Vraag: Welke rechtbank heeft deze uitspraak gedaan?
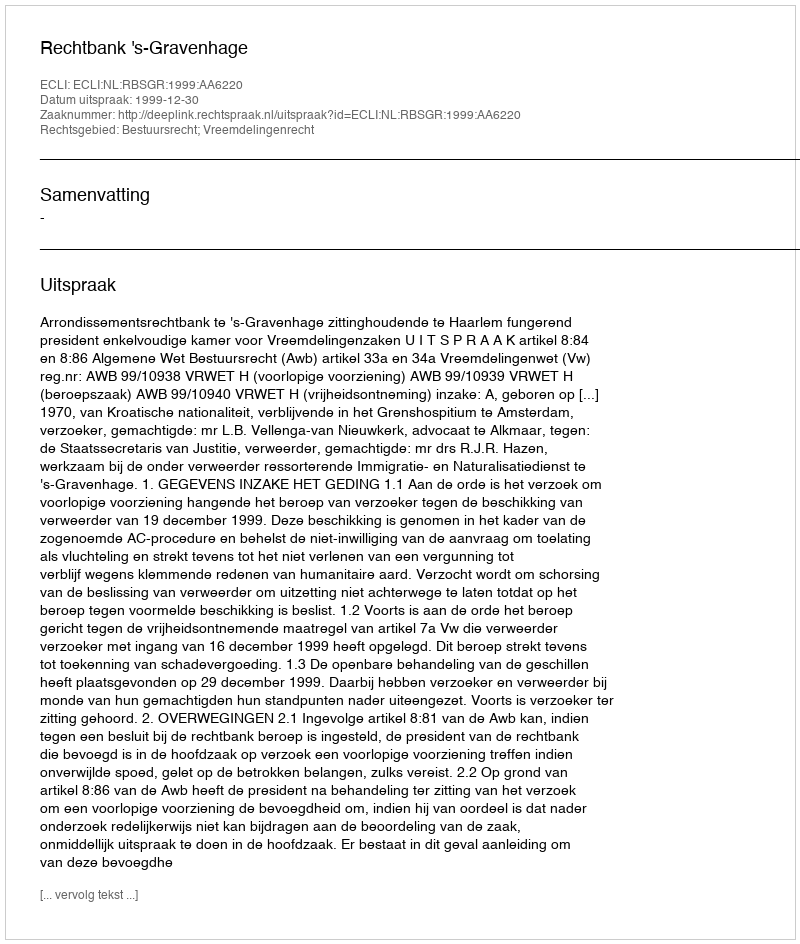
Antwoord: Rechtbank 's-Gravenhage